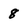
Character: 8